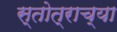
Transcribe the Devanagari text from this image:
स्तोत्राच्या